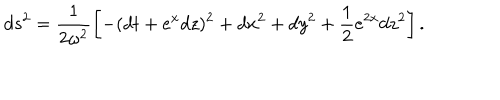
LaTeX: d s ^ { 2 } = \frac 1 { 2 \omega ^ { 2 } } \left[ - ( d t + e ^ { x } d z ) ^ { 2 } + d x ^ { 2 } + d y ^ { 2 } + \frac 1 2 e ^ { 2 x } d z ^ { 2 } \right] .